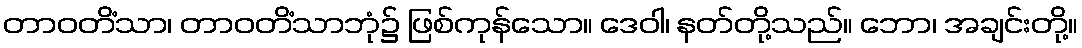
တာဝတိံသာ၊ တာဝတိံသာဘုံ၌ ဖြစ်ကုန်သော။ ဒေဝါ၊ နတ်တို့သည်။ ဘော၊ အချင်းတို့။